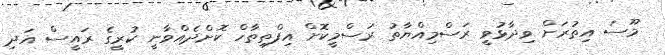
މޫސަ އިތުރަށް ވިދާޅުވީ ރަސްމިއްޔާތު ރަސްމީކޮށް އިފްތިތާހް ކޮށްދެއްވާނީ ކުރީގެ ރައީސް އަދި